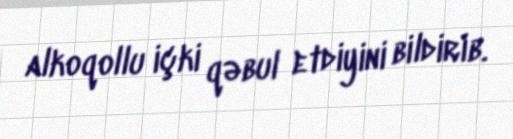
alkoqollu içki qəbul etdiyini bildirib.